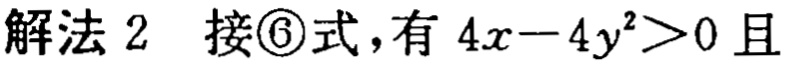
解法 2 接\textcircled{6}式，有 \(4x - 4y^{2}>0\) 且